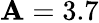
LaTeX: \mathbf{A}=3.7